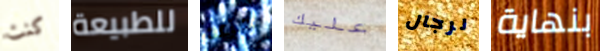
كنت للطبيعة بضاعة عليك لرجال بنهاية